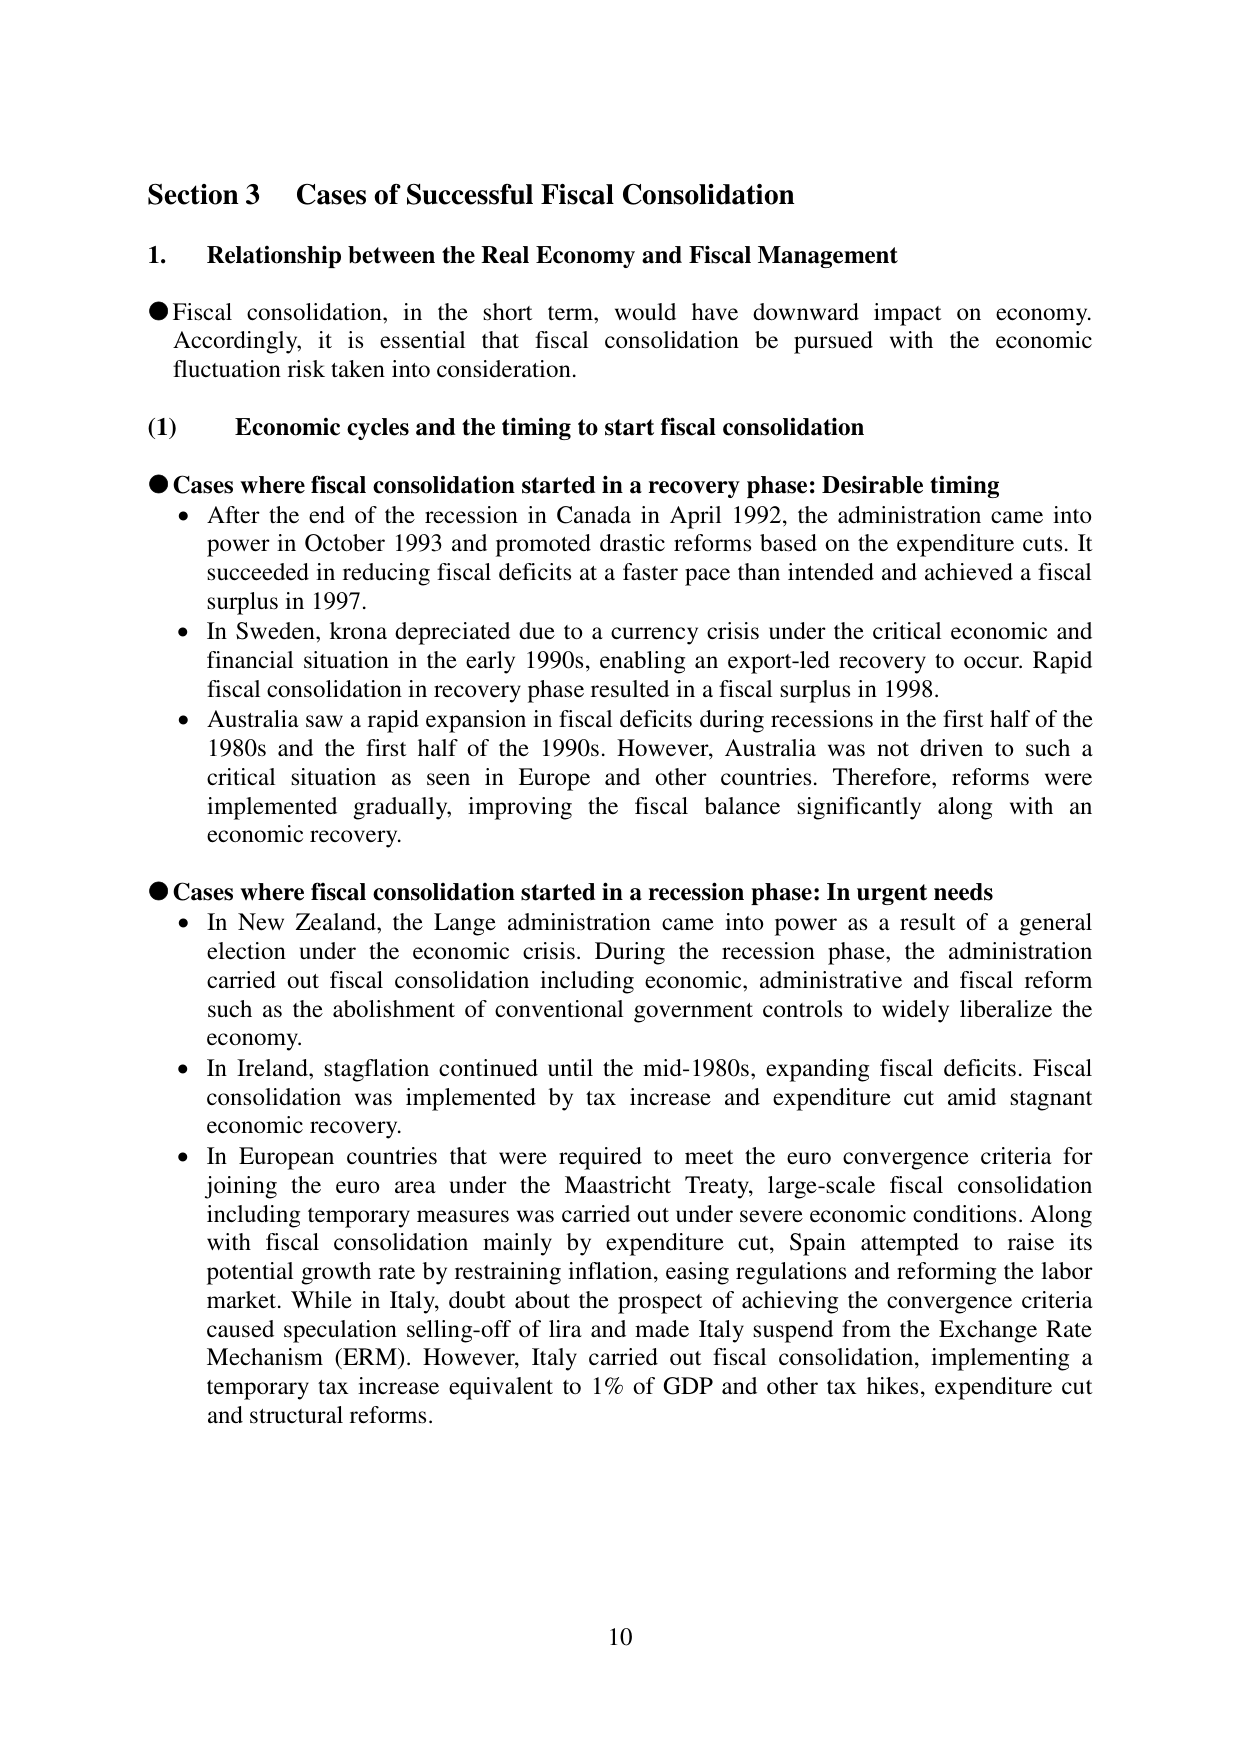
Section 3 Cases of Successful Fiscal Consolidation

1. Relationship between the Real Economy and Fiscal Management

● Fiscal consolidation, in the short term, would have downward impact on economy. Accordingly, it is essential that fiscal consolidation be pursued with the economic fluctuation risk taken into consideration.

(1) Economic cycles and the timing to start fiscal consolidation

● Cases where fiscal consolidation started in a recovery phase: Desirable timing
• After the end of the recession in Canada in April 1992, the administration came into power in October 1993 and promoted drastic reforms based on the expenditure cuts. It succeeded in reducing fiscal deficits at a faster pace than intended and achieved a fiscal surplus in 1997.
• In Sweden, krona depreciated due to a currency crisis under the critical economic and financial situation in the early 1990s, enabling an export-led recovery to occur. Rapid fiscal consolidation in recovery phase resulted in a fiscal surplus in 1998.
• Australia saw a rapid expansion in fiscal deficits during recessions in the first half of the 1980s and the first half of the 1990s. However, Australia was not driven to such a critical situation as seen in Europe and other countries. Therefore, reforms were implemented gradually, improving the fiscal balance significantly along with an economic recovery.

● Cases where fiscal consolidation started in a recession phase: In urgent needs
• In New Zealand, the Lange administration came into power as a result of a general election under the economic crisis. During the recession phase, the administration carried out fiscal consolidation including economic, administrative and fiscal reform such as the abolishment of conventional government controls to widely liberalize the economy.
• In Ireland, stagflation continued until the mid-1980s, expanding fiscal deficits. Fiscal consolidation was implemented by tax increase and expenditure cut amid stagnant economic recovery.
• In European countries that were required to meet the euro convergence criteria for joining the euro area under the Maastricht Treaty, large-scale fiscal consolidation including temporary measures was carried out under severe economic conditions. Along with fiscal consolidation mainly by expenditure cut, Spain attempted to raise its potential growth rate by restraining inflation, easing regulations and reforming the labor market. While in Italy, doubt about the prospect of achieving the convergence criteria caused speculation selling-off of lira and made Italy suspend from the Exchange Rate Mechanism (ERM). However, Italy carried out fiscal consolidation, implementing a temporary tax increase equivalent to 1% of GDP and other tax hikes, expenditure cut and structural reforms.

10